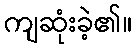
ကျဆုံးခဲ့၏။